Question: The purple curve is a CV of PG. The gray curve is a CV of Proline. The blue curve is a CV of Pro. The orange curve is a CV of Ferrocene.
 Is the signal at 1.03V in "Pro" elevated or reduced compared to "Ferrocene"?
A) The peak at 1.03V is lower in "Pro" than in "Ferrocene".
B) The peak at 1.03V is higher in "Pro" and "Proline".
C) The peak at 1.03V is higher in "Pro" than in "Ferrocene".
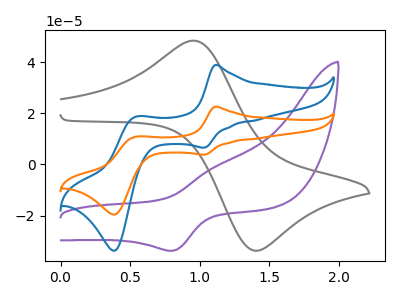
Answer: <think>The purple curve "PG" has an anodic peak at (1.10V, -0.95uA) and a cathodic peak at (0.80V, -33.75uA). The gray curve "Proline" has an anodic peak at (0.95V, 48.35uA) and a cathodic peak at (1.40V, -33.55uA). The blue curve "Pro" has anodic peaks at (1.10V, 38.85uA) (0.55V, 18.60uA) and cathodic peaks at (1.05V, 6.55uA) (0.40V, -33.70uA). The orange curve "Ferrocene" has anodic peaks at (1.10V, 22.55uA) (0.55V, 10.80uA) and cathodic peaks at (1.05V, 3.80uA) (0.40V, -19.60uA).</think>
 <answer>A) The peak at 1.03V is lower in "Pro" than in "Ferrocene".</answer>
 <eval>A</eval>